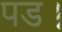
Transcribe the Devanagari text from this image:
पड।